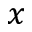
x